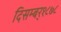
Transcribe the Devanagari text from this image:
दिसम्बर्१८७८